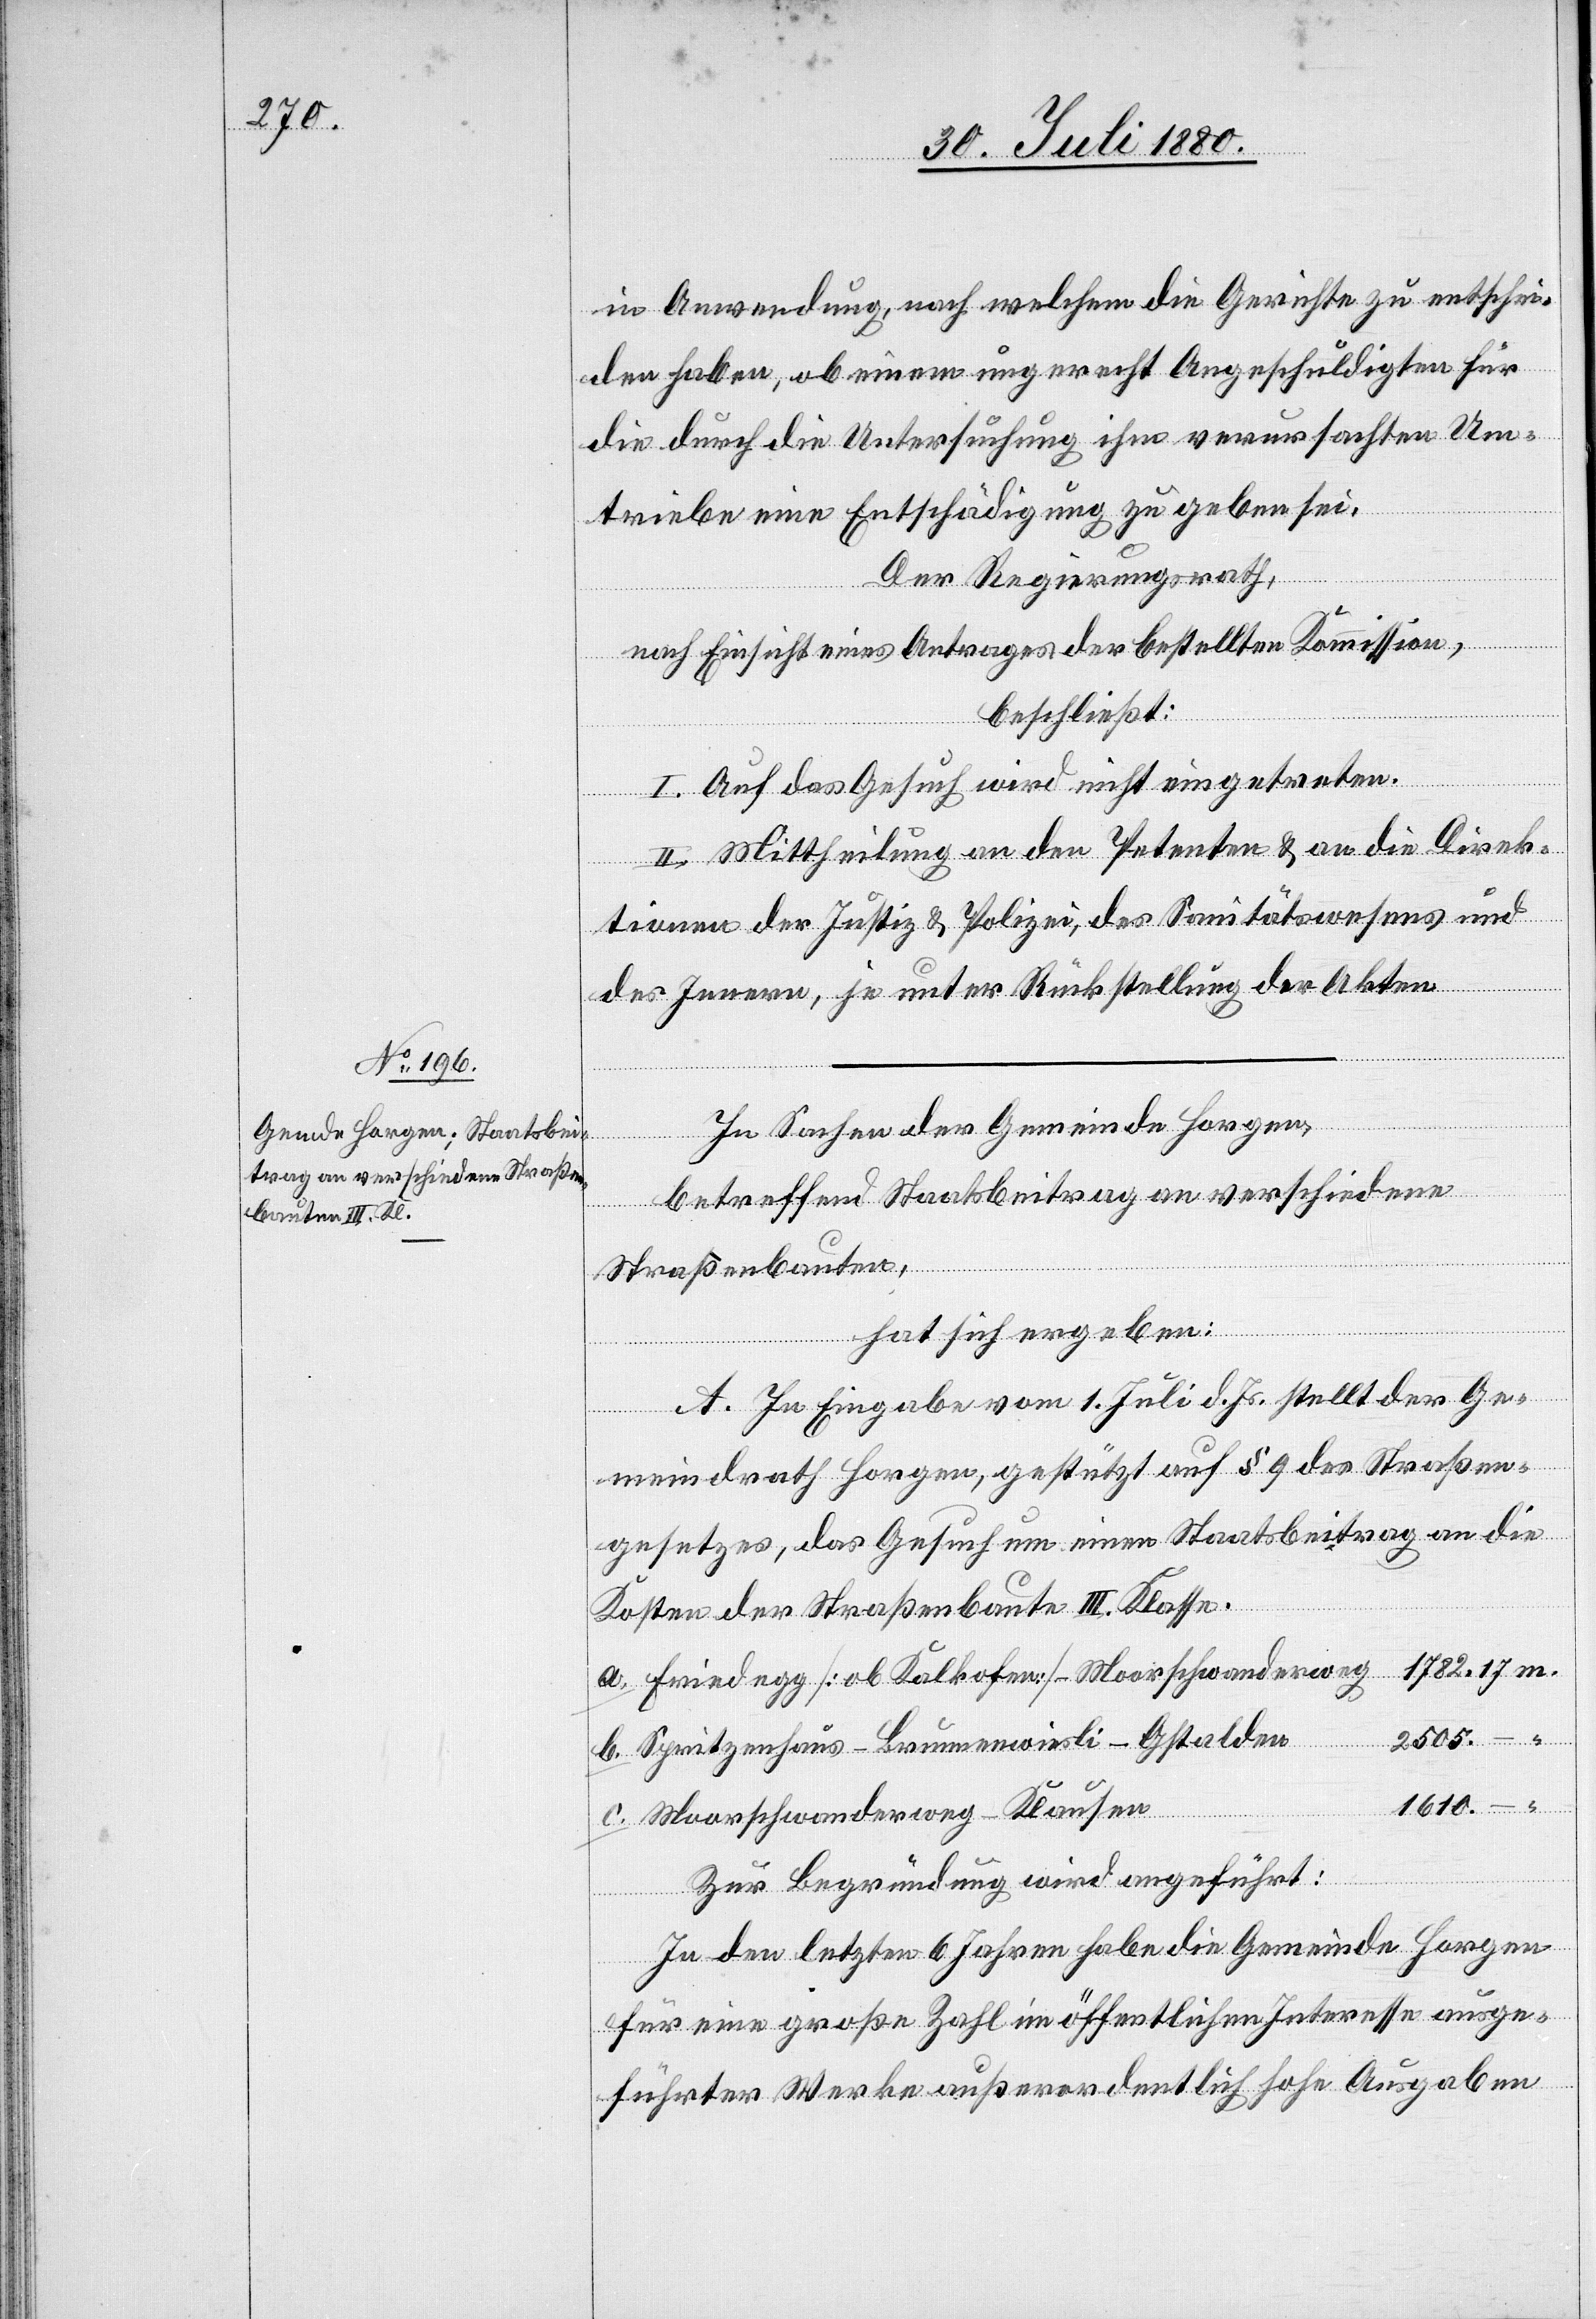
a.
in Anwendung, nach welchem die Gerichte zu entschie¬
den haben, ob einem ungerecht Angeschuldigten für
die durch die Untersuchung ihm verursachten Um¬
triebe eine Entschädigung zu geben sei.
Der Regierungsrath,
nach Einsicht eines Antrages der bestellten Kommission,
beschließt:
I. Auf das Gesuch wird nicht eingetreten.
II. Mittheilung an den Petenten & an die Direk¬
tionen der Justiz & Polizei, des Sanitätswesens und
des Innern, je unter Rückstellung der Akten.
In Sachen der Gemeinde Horgen,
betreffend Staatsbeitrag an verschiedene
Straßenbauten,
c.
hat sich ergeben:
A. In Eingabe vom 1. Juli d. Js. stellt der Ge¬
meindrath Horgen, gestützt auf § 9 des Straßen¬
gesetzes, das Gesuch um einen Staatsbeitrag an die
Kosten der Straßenbauten III. Klasse.
Friedegg [ob Kalkofen]–Moorschwanderweg
Spritzenhaus–Brunnenwiesli–Gstalden
1610.–
Moorschwanderweg–Klausen
Zur Begründung wird angeführt:
In den letzten 6 Jahren habe die Gemeinde Horgen
für eine große Zahl im öffentlichen Interesse ausge¬
führter Werke außerordentlich hohe Ausgaben